Report on vaccination in Madras 1922-1929 - 1922-1929
Year: 1922
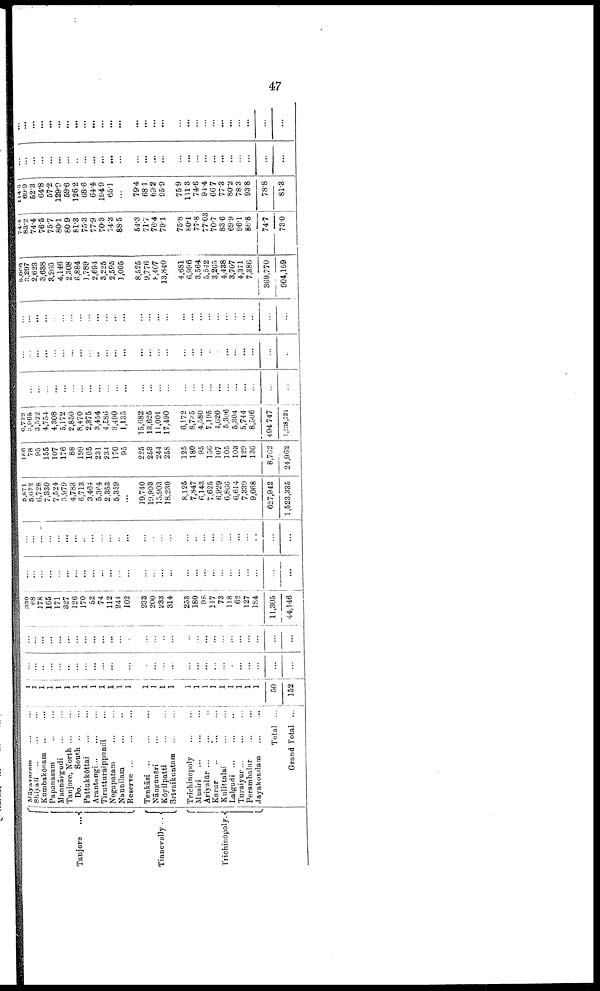
47
Tanjore ...
Tinnevelly ...
Trichinopoly.
Māyavaram ... ...
Shiyali
...
...
...
Kumbakōnam ... ...
Papanasam
...
...
Mannārgudi ... ...
Tanjore, North
...
...
Do.
South ... ...
Pattukkōttai
...
...
Arantangi ... ... ...
Tirutturaippundi ... ...
Negapatam
...
...
Nannilam
...
...
Reserve
...
...
...
Tenkāsi
...
...
...
Nāngunēri ... ... ...
Kōyilpatti
...
...
Brīvaikuntam
...
...
Trichinopoly
...
...
Musiri
...
...
...
Ariyalūr ... ... ...
Karur
...
...
...
Kulittalai
...
...
Lalgudi
...
...
...
Turaiyur
...
...
...
Perambalur
...
...
Jayakondam
...
...
Total ...
Grand Total ...
1
1 1
1
1
1
1
1
1
1
1
1
1
1
1
1
1
1
1
1
1
1
1
1
1
1
50
152
...
...
...
...
...
...
...
...
...
...
...
...
...
...
...
...
...
...
...
...
...
...
...
...
...
...
...
...
...
...
...
...
...
...
...
...
...
...
...
...
...
...
...
...
...
...
...
...
...
...
...
...
...
...
...
...
330
68
178
165
171
327
126
170
52
74
112
244
102
233
200
233
314
253
180
98
117
73
118
62
127
184
11,305
44,146
...
...
...
...
...
...
...
...
...
...
...
...
...
...
...
...
...
...
...
...
...
...
...
...
...
...
...
...
...
...
...
...
...
...
...
...
...
...
...
...
...
...
...
...
...
...
...
...
...
...
...
...
...
...
...
...
5,871
5,672
6,728
7,330
7,524
3,979
4,783
6,713
3,464
5,364
2,353
5,359
...
19,740
10,993
15,903
18,230
8,125
7,847
6,143
7,625
6,929
6,866
6,614
7,339
9,068
627,942
1,523,335
186
78
95
155
107
176
88
199
105
231
234
170
95
225
253
244
258
125
180
95
156
107
105
103
129
136
8,762
24,962
6,722
3,965
3,522
4,754
4,308
5,172
2,850
8,470
2,375
3,454
4,586
3,490
1,135
15,682
13,625
11,001
17,490
6,172
8,735
4,580
7,195
4,620
5,306
5,304
5,744
8,506
494,747
1,238,731
...
...
...
...
...
...
...
...
...
...
...
...
...
...
...
...
...
...
...
...
...
...
...
...
...
...
...
...
...
...
...
...
...
...
...
...
...
...
...
...
...
...
...
...
...
...
...
...
...
...
...
...
...
...
...
...
...
...
...
...
...
...
...
...
...
...
...
...
...
...
...
...
...
...
...
...
...
...
...
...
...
...
...
...
5,006
3,297
2,623
3,638
3,260
4,146
2,308
6,884
1,789
2,694
3,225
2,595
1,005
8,525
9,776
8,407
13,840
4,681
6,996
3,564
5,542
3,265
4,438
3,707
4,371
7,386
369,770
904,169
74.4
83.2
74.4
76.5
75.7
80.1
80.9
81.3
75.3
77.9
70.3
74.3
88.5
54.3
71.7
76.4
79.1
75.8
80.1
77.8
77.03
70.7
83.6
69.9
96.1
86.8
74.7
73.0
114.5
69.9
52.3
64.8
57.2
129.9
59.6
126.2
68.6
64.4
194.9
65.1
...
79.4
68.1
69.2
95.9
75.9
111.3
74.6
94.4
66.7
77.3
80.2
78.3
93.8
78.8
81.3
...
...
...
...
...
...
...
...
...
...
...
...
...
...
...
...
...
...
...
...
...
...
...
...
...
...
...
...
...
...
...
...
...
...
...
...
...
...
...
...
...
...
...
...
...
...
...
...
...
...
...
...
...
...
...
...